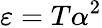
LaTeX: \varepsilon=T\alpha^{2}